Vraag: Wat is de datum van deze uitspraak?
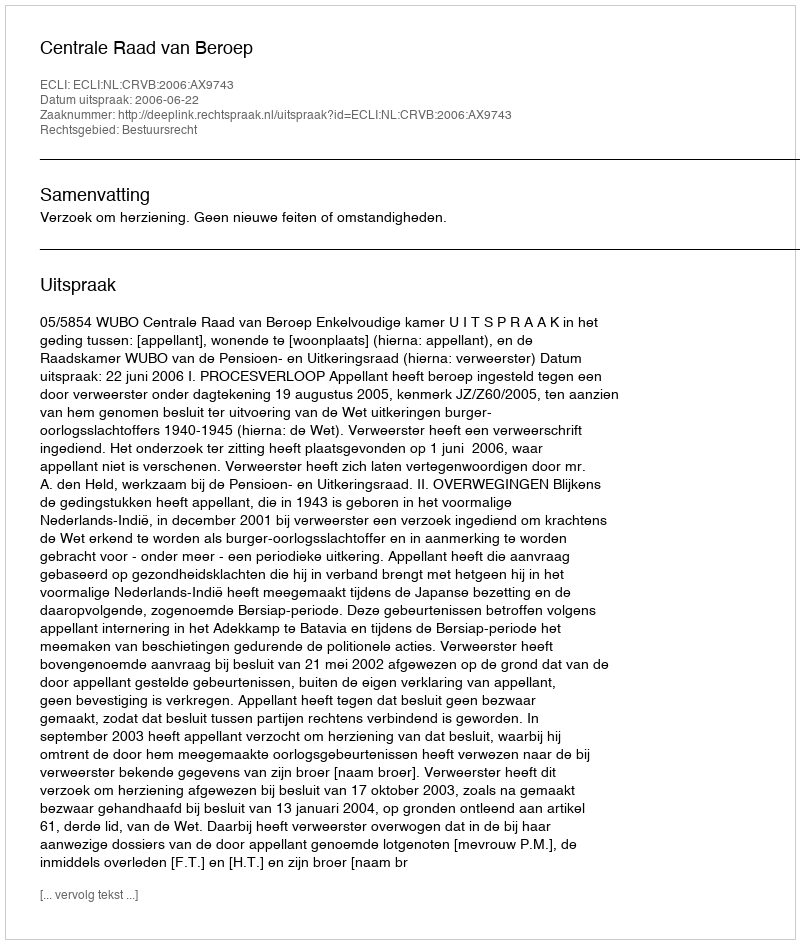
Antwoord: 2006-06-22